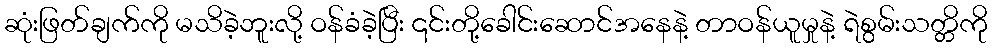
ဆုံးဖြတ်ချက်ကို မသိခဲ့ဘူးလို့ ဝန်ခံခဲ့ပြီး ၎င်းတို့ခေါင်းဆောင်အနေနဲ့ တာဝန်ယူမှုနဲ့ ရဲစွမ်းသတ္တိကို